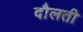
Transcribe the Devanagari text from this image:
दौलती